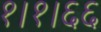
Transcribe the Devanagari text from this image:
१।१।६६